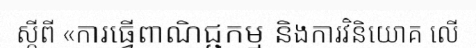
ស្តីពី «ការធ្វើពាណិជ្ជកម្ម និងការវិនិយោគ លើ